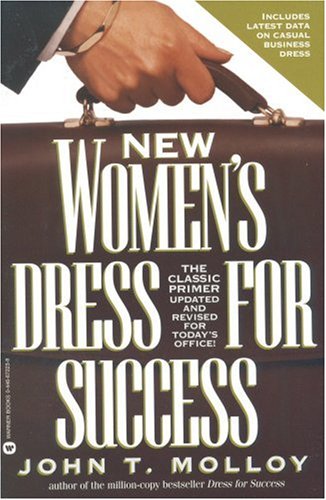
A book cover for New Women's Dress for Success; John T. Molloy; Business & Money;